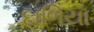
દાળિયા